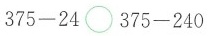
$$3 7 5 - 2 4 \circ 3 7 5 - 2 4 0$$